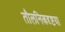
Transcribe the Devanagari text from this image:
तौलनिकदृष्टया